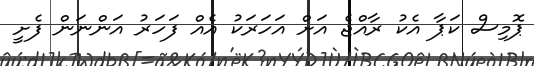
ޕޮމިސް ކަޕާ އެކު ރާއްޖެ އަށް އަހަރަކު އެއް ފަހަރު އަންނަން ފެށީ